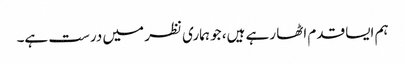
ہم ایسا قدم اٹھا رہے ہیں، جو ہماری نظر میں درست ہے۔